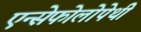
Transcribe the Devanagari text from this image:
एन्सेफोलोपेथी